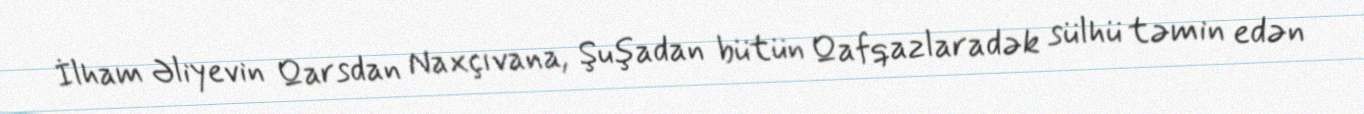
İlham Əliyevin Qarsdan Naxçıvana, Şuşadan bütün Qafqazlaradək sülhü təmin edən